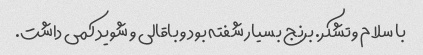
با سلام و تشکر. برنج بسیار شفته بود و باقالی و شوید کمی داشت.